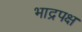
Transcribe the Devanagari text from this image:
भाद्रपक्ष